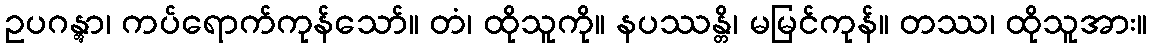
ဥပဂန္တွာ၊ ကပ်ရောက်ကုန်သော်။ တံ၊ ထိုသူကို။ နပဿန္တိ၊ မမြင်ကုန်။ တဿ၊ ထိုသူအား။